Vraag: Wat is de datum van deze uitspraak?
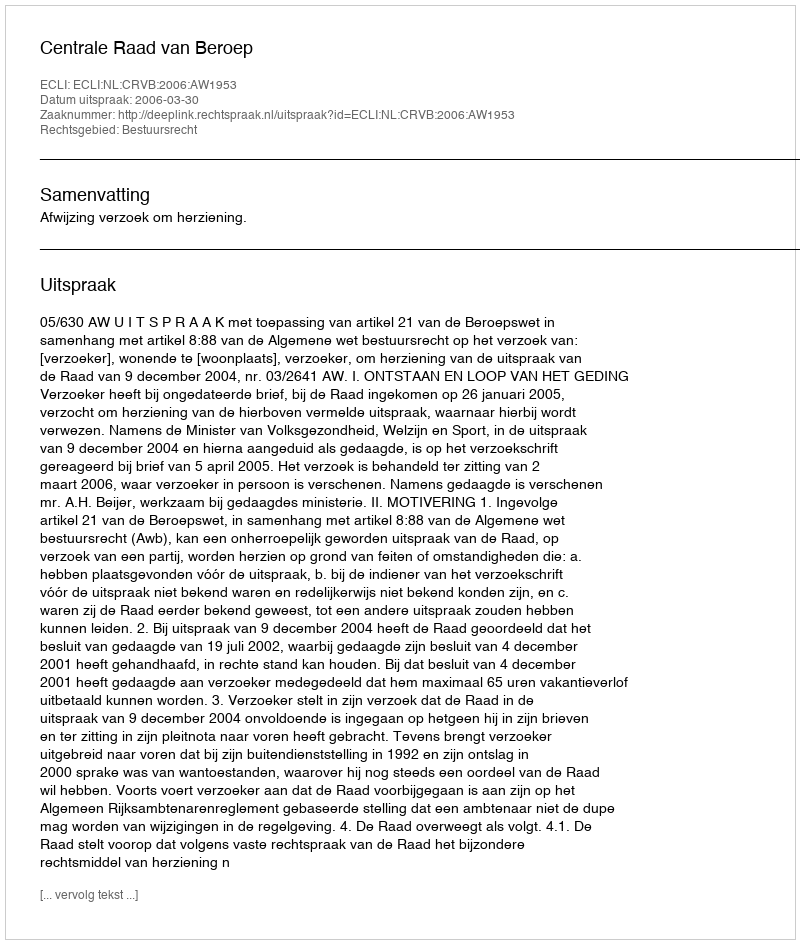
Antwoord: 2006-03-30